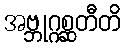
အဗ္ဘုဂ္ဂစ္ဆတီတိ